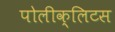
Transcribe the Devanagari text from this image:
पोलीक्लिटस